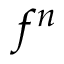
f ^ { n }